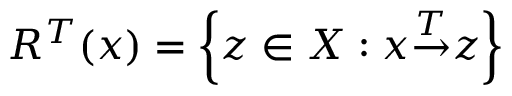
R ^ { T } { ( x ) } = \left\{ z \in X : x { \overset { T } { \rightarrow } } z \right\}